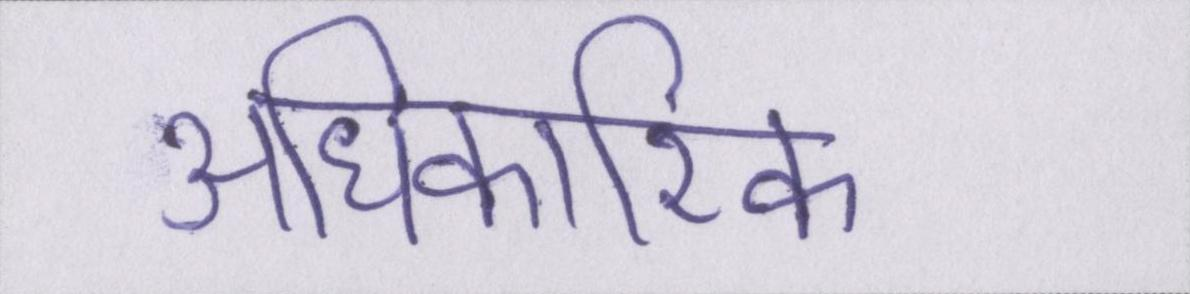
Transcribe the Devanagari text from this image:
अधिकारिक